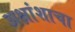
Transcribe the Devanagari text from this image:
अक्षांशाचा